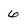
Character: 6